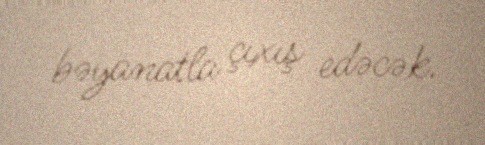
bəyanatla çıxış edəcək.